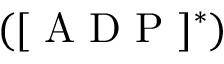
( [ \mathrm { ~ A ~ D ~ P ~ } ] ^ { \ast } )